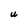
Character: U